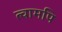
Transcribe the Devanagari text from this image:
त्वामपि